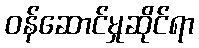
ဝန်ဆောင်မှုဆိုင်ရာ